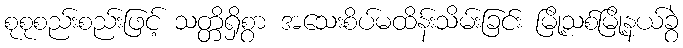
စုစုစည်းစည်းဖြင့် သတ္တိရှိစွာ အသေးစိပ်မထိန်းသိမ်းခြင်း မြို့သစ်မြို့နယ်ခွဲ